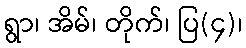
ရွာ၊ အိမ်၊ တိုက်၊ ပြ(၄)၊